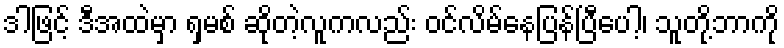
ဒါဖြင့် ဒီအထဲမှာ ရှမစ် ဆိုတဲ့လူကလည်း ဝင်လိမ်နေပြန်ပြီပေါ့၊ သူတို့ဘာကို